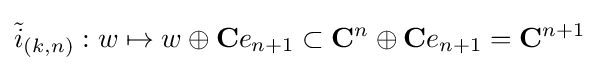
{\tilde {i}}_{(k,n)}:w\mapsto w\oplus \mathbf {C} e_{n+1}\subset \mathbf {C} ^{n}\oplus \mathbf {C} e_{n+1}=\mathbf {C} ^{n+1}